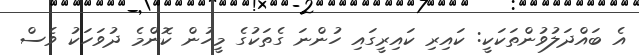
އެ ބައްދަލުވުންތަކަކީ: ކައިރި ކައިރީގައި ހުންނަ ގެތަކުގެ މީހުން ކޮންމެ ދުވަހަކު ވެސް